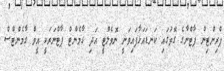
ޕްރިންޓިން ޕާޓްނާގެ ގޮތުގައި ކަނޑައަޅާފައިވަނީ ނޮވެލްޓީ އަދި ގާމެންޓް ޕާޓްނަރަކީ އީވް ގާމެންޓްސް